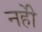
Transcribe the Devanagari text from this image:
नहीें